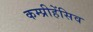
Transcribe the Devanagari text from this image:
कम्प्रीहेंसिव